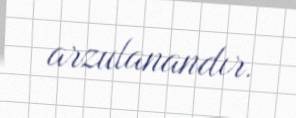
arzulanandır.